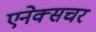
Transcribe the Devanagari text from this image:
एनेक्सचर